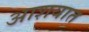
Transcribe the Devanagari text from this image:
आशयात